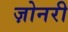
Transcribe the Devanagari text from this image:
ज़ोनरी